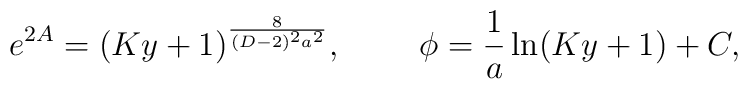
e^{2A}=(Ky+1)^{8\over{(D-2)^2a^2}},\ \ \ \ \ \ \ \phi={1\over a}\ln(Ky+1)+C,